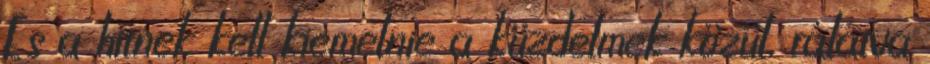
És a hitnek kell kiemelnie a küzdelmek közül, rálátva